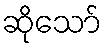
ဆိုသော်